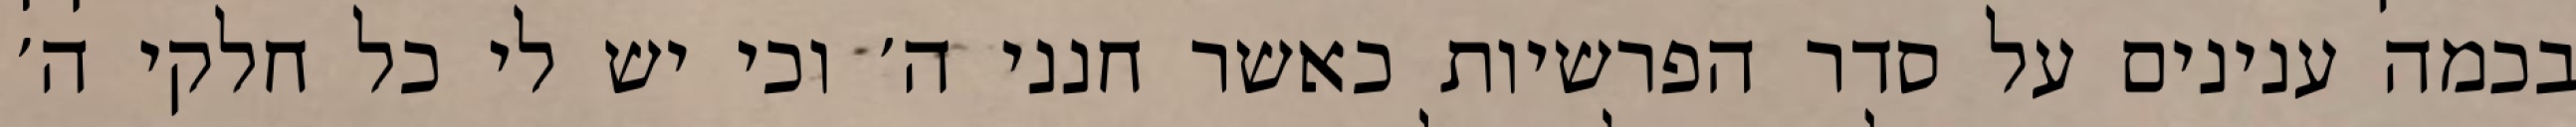
בכמה ענינים על סדר הפרשיות כאשר חנני ה׳ וכי יש לי כל חלקי ה׳